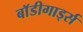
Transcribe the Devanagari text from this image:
बाॅडीगार्ड्स